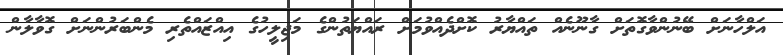
އަލްހާނަށް ބޭނުންވާގޮތަށް ގާނޫނެއް ތައްޔާރު ކޮށްދެއްވުމަށް ރައްޔަތުންގެ މަޖިލީހުގެ އިއްްޒައްތެރި މެންބަރުންނަށް ގޮވާލާން